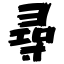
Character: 尋